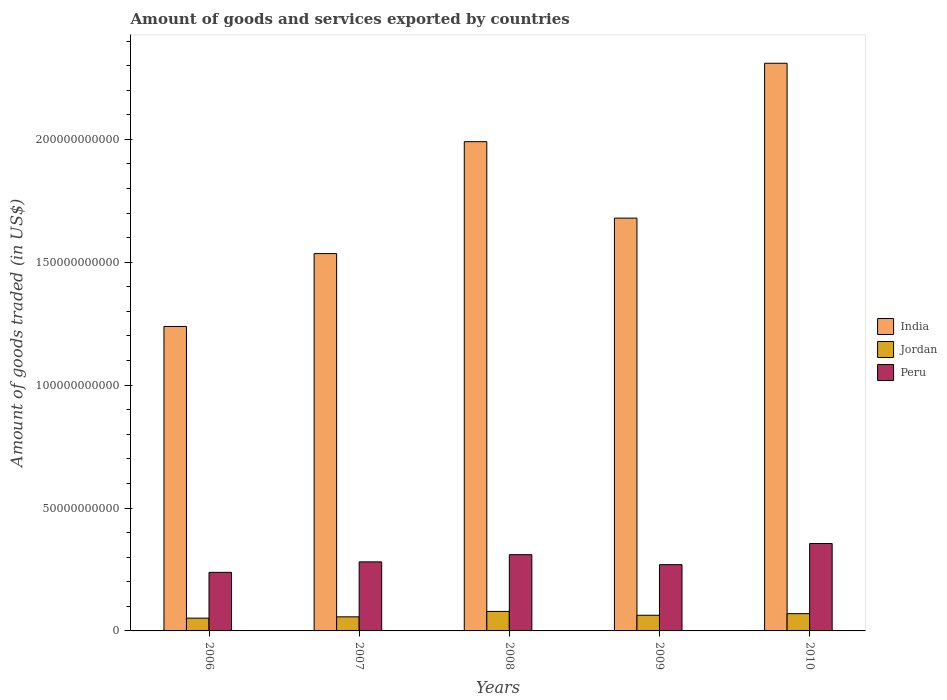
| Years | India | Jordan | Peru |
 | --- | --- | --- | --- |
 | 2006 | 1.24e+11 | 5.2e+09 | 2.38e+10 |
 | 2007 | 1.54e+11 | 5.73e+09 | 2.81e+10 |
 | 2008 | 1.99e+11 | 7.94e+09 | 3.1e+10 |
 | 2009 | 1.68e+11 | 6.38e+09 | 2.7e+10 |
 | 2010 | 2.31e+11 | 7.03e+09 | 3.56e+10 |